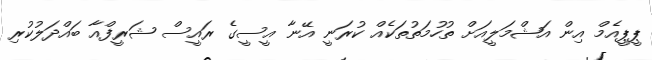
ޕީޕީއެމް އިން އަޝްމަލީއަށް ތުހުމަތުތަކެއް ކުރަނީ އޭނާ އީސީގެ ރައީސް ޝަރީފްއާ ބައްދަލުކުރި